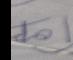
Signature authenticity: forged